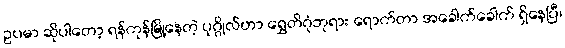
ဥပမာ ဆိုပါတော့ ရန်ကုန်မြို့နေတဲ့ ပုဂ္ဂိုလ်ဟာ ရွှေတိဂုံဘုရား ရောက်တာ အခေါက်ခေါက် ရှိနေပြီ၊